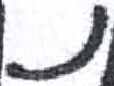
אות: נ